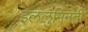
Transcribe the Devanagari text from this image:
इललुमिनती